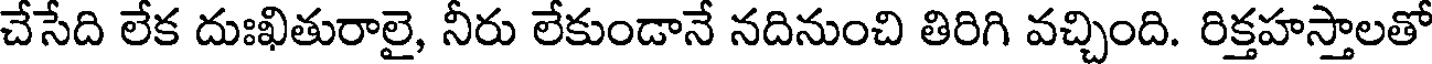
చేసేది లేక దుఃఖితురాలై, నీరు లేకుండానే నదినుంచి తిరిగి వచ్చింది. రిక్తహస్తాలతో